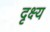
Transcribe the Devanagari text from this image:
दृक्ष्य